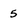
Character: 5